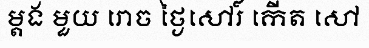
ម្តង មួយ រោច ថ្ងៃសៅរ៍ កើត សៅ